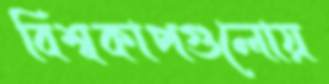
বিশ্বকাপগুলোয়